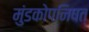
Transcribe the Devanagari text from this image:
मुंडकोपनिषत्